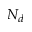
N _ { d }